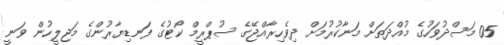
05 މަސްދުވަހުގެ މުއްދަތަށް މަނާކުރުމަށް ދިވެހިރާއްޖޭގެ ސުޕްރީމް ކޯޓުގެ ފަނޑިޔާރުންގެ މަޖިލީހުން ވަނީ